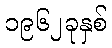
၁၉၆၂ခုနှစ်